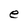
Character: e